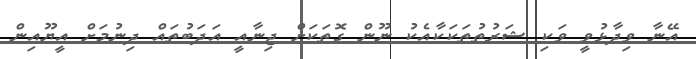
އޭނާ ވިދާޅުވީ ވަކި ޝަރުތުތަކަކާއެކު ނޫން ގޮތަކަށް ޖިނާއީ އަދަބުތައް ދިނުމަށް އީޔޫއިން